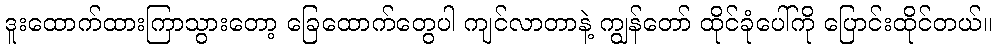
ဒူးထောက်ထားကြာသွားတော့ ခြေထောက်တွေပါ ကျင်လာတာနဲ့ ကျွန်တော် ထိုင်ခုံပေါ်ကို ပြောင်းထိုင်တယ်။